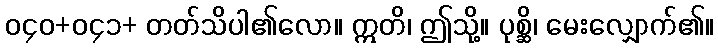
၀၄၀+၀၄၁+ တတ်သိပါ၏လော။ ဣတိ၊ ဤသို့။ ပုစ္ဆိ၊ မေးလျှောက်၏။